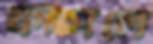
ফাঁপলে